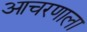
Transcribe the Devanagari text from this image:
आचरणाला